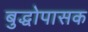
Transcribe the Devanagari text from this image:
बुद्धोपासक